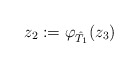
\begin{align*}z_2:=\varphi_{\hat T_1}(z_3)\end{align*}